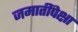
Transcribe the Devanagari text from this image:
जमातींपेक्षा